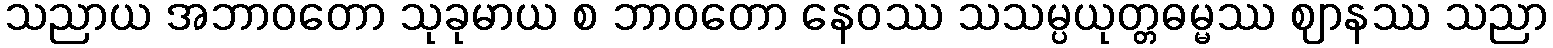
သညာယ အဘာဝတော သုခုမာယ စ ဘာဝတော နေဝဿ သသမ္ပယုတ္တဓမ္မဿ ဈာနဿ သညာ